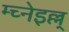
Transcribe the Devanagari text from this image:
म्च्नेइल्ल्